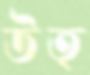
উত্